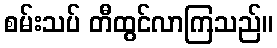
စမ်းသပ် တီထွင်လာကြသည်။